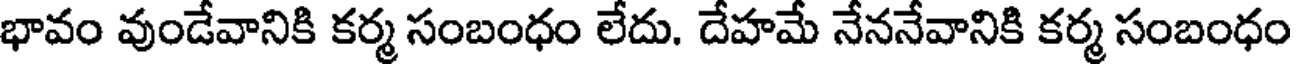
భావం వుండేవానికి కర్మ సంబంధం లేదు. దేహమే నేననేవానికి కర్మ సంబంధం